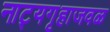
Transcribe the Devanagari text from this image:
नाट्यगृहाजवळ